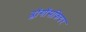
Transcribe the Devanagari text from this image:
ब्लॉगॉसफियर